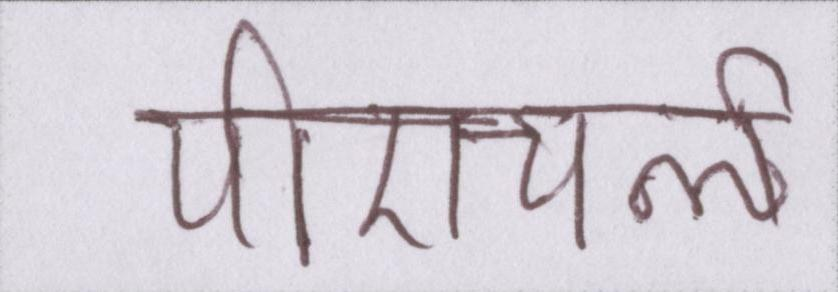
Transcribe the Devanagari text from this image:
पीएचर्ऌ